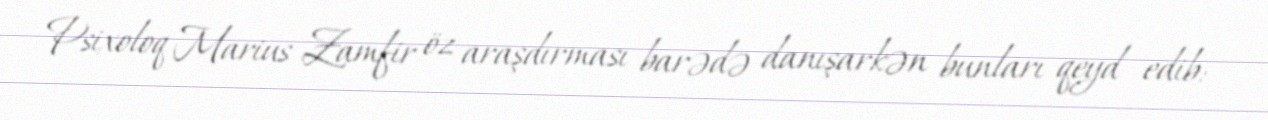
Psixoloq Marius Zamfir öz araşdırması barədə danışarkən bunları qeyd edib: